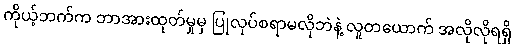
ကိုယ့်ဘက်က ဘာအားထုတ်မှုမှ ပြုလုပ်စရာမလိုဘဲနဲ့ လူတယောက် အလိုလိုရရှိ